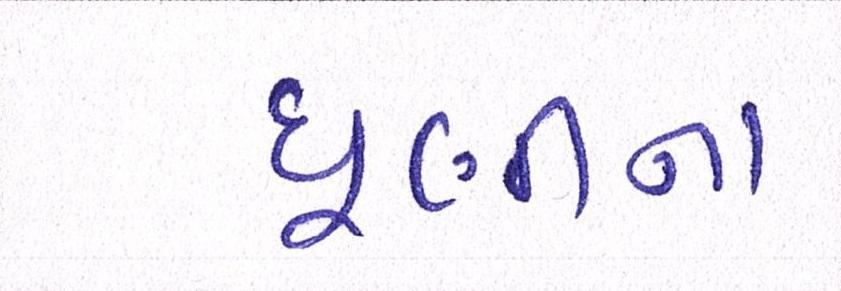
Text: ધૂણીના